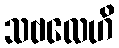
သဗလေဟိ